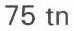
75 tn